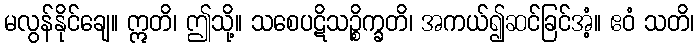
မလွန်နိုင်ချေ။ ဣတိ၊ ဤသို့။ သစေပဋိသဉ္စိက္ခတိ၊ အကယ်၍ဆင်ခြင်အံ့။ ဧဝံ သတိ၊